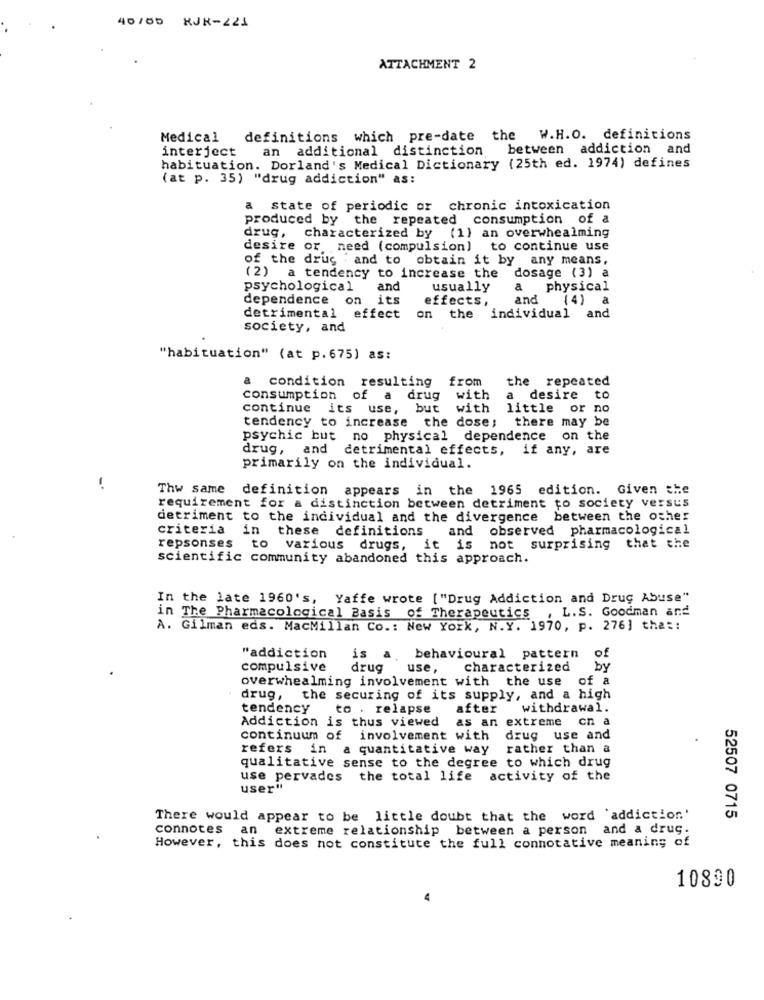
40/65 RJK-224
ATTACHMENT 2
Medical
definitions which pre-date the W.H.O. definitions
interject
an additional distinction between addiction and
habituation. Dorland's Medical Dictionary (25th ed. 1974) defines
(at p. 35) "drug addiction" as:
a state of periodic or chronic intoxication
produced by the repeated consumption of a
drug,
characterized by (1) an overwhealming
desire or need (compulsion) to continue use
of the drug : and to obtain it by any means,
(2)
a tendency to increase the
dosage (3) a
psychological
and
usually
a
physical
dependence on
its
effects,
and
(4)
a
detrimental effect
on the individual and
society, and
"habituation" (at p.675) as:
a
condition resulting
from
the repeated
consumption
of a
drug
with
a desire
to
continue its use, but
with
little or no
tendency to increase the dose; there may be
psychic but no physical dependence on the
drug, and detrimental effects, if any, are
primarily on the individual.
Thw same
definition appears in the 1965 edition. Given the
requirement for a distinction between detriment to society versus
detriment to the individual and the divergence between the other
criteria
in these definitions
and observed pharmacological
repsonses
to
various drugs,
it is not surprising that the
scientific community abandoned this approach.
In the late 1960's, Yaffe wrote ["Drug Addiction and Drug Abuse"
. L. S. Goodman and
in The Pharmacological Basis of Therapeutics
A. Gilman eds. MacMillan Co .: New York, N.Y. 1970, p. 276] the ::
"addiction
is a. behavioural pattern
of
compulsive
drug use,
characterized
by
overwhealming involvement with the use
of a
drug,
the securing of its supply, and a high
tendency
to . relapse
after
withdrawal.
Addiction is thus viewed
as an extreme on a
continuum of involvement with
drug use and
refers in a quantitative way
rather than a
qualitative sense to the degree to which drug
use pervades the total life activity of the
user"
There would appear to be little doubt that the word 'addiction.'
52507 0715
connotes an extreme relationship between a person and a drug.
However, this does not constitute the full connotative meaning of
10890